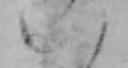
八